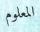
المعلوم